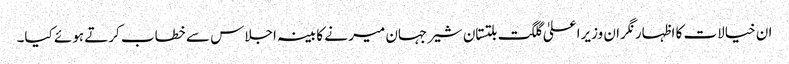
ان خیالات کا اظہار نگران وزیرا علیٰ گلگت بلتستان شیرجہان میر نے کابینہ اجلاس سے خطاب کرتے ہوئے کیا۔